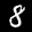
Label: 8